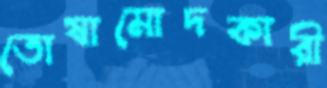
তোষামোদকারী